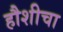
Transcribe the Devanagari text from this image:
हौशीचा